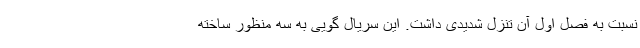
نسبت به فصل اول آن تنزل شدیدی داشت. این سریال گویی به سه منظور ساخته